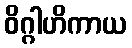
ဝိဂ္ဂါဟိကာယ